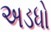
અડધો